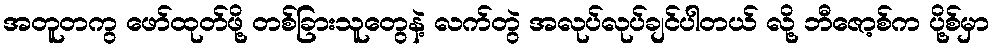
အတူတကွ ဖော်ထုတ်ဖို့ တစ်ခြားသူတွေနဲ့ လက်တွဲ အလုပ်လုပ်ချင်ပါတယ် လို့ ဘီဇော့စ်က ပို့စ်မှာ